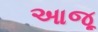
આજૂ